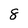
Character: 8